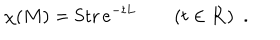
\chi ( M ) = \mathrm { S t r } \, e ^ { - t L } \qquad ( t \in { \bf R } ) \ \ .